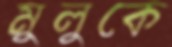
মুলুকে